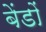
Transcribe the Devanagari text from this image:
बेंडों